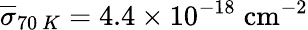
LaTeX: \overline{{\sigma}}_{70~K}=4.4\times 10^{-18}\; \mathrm{{cm^{-2}}}